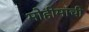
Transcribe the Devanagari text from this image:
मोहीमांची